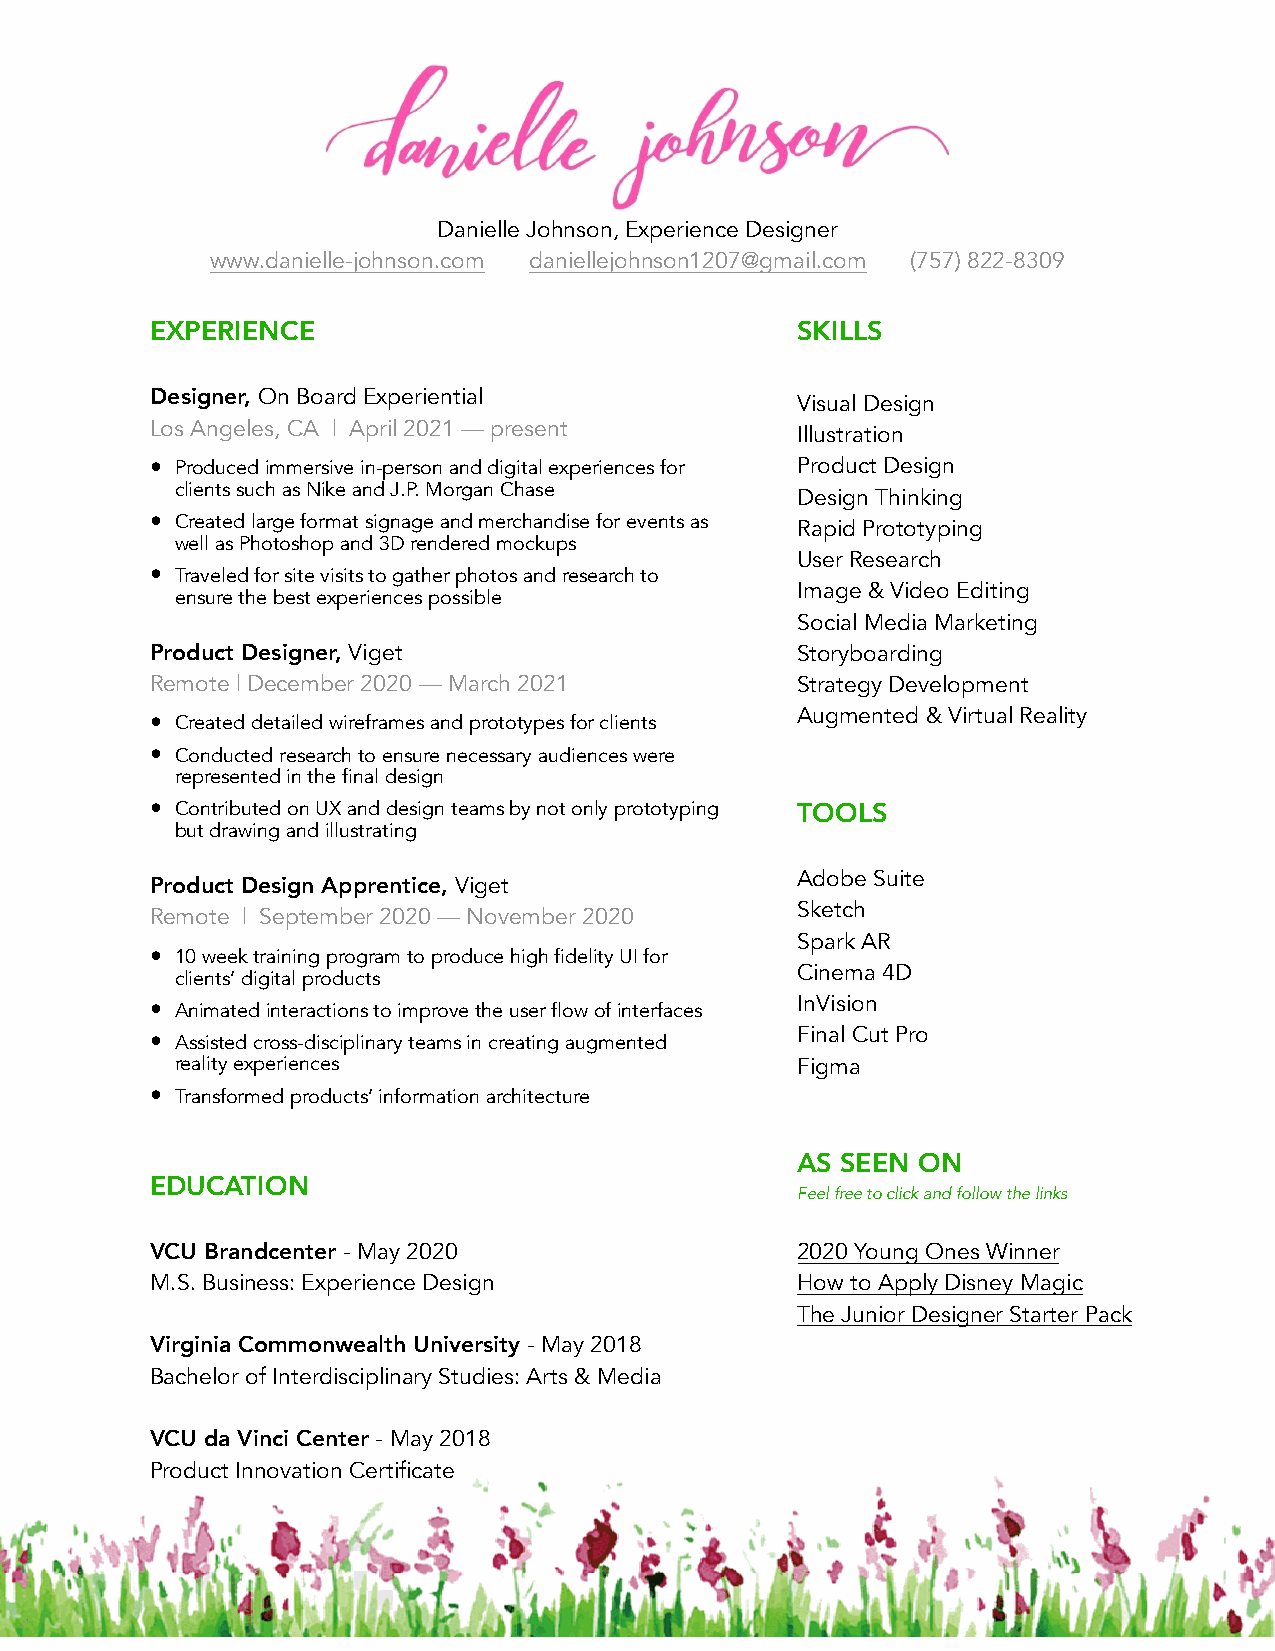
Danielle Johnson, Experience Designer
 www.danielle-johnson.com daniellejohnson1207@gmail.com (757) 822-8309
 EXPERIENCE                                 S K I L L S
 SKILLS
 Designer, On Board Experiential
 Visual Design
 Los Angeles, CA | April 2021 — present
 VisIullauls tDraetsiiognn
 • Produced immersive in-person and digital experiences for IlluPsrtoradtuiocnt Design
 clients such as Nike and J.P. Morgan Chase
 UseDre Rsiegsne aTrhcihn king
 • Created large format signage and merchandise for events as ImaRgape i&d PVriodteoot yEpdinitgin g
 well as Photoshop and 3D rendered mockups
 SoUcisael rM Reedsieaa Mrcha rketing
 • Traveled for site visits to gather photos and research to
 ensure the best experiences possible
 StoImryabgoea r&d iVngid eo Editing
 StrSaotecgiayl DMeevdeialo Mpmareknett ing
 Product Designer, Viget                  ProSdtourcytb Doeasrdiginng
 Remote | December 2020 — March 2021      DeSstigrant eTghyin Dkienvge lopment
 • Created detailed wireframes and prototypes for clients RapAiudg Pmroetnotteydp i&n gV irtual Reality
 • Conducted research to ensure necessary audiences were Augmented & Virtual Reality
 represented in the final design
 • Contributed on UX and design teams by not only prototyping TOOLS
 but drawing and illustrating
 TOOLS
 Adobe Suite
 Product Design Apprentice, Viget
 Remote | September 2020 — November 2020  AdSokbeetc Shu ite
 SkeStpcahr k AR
 • 10 week training program to produce high fidelity UI for
 clients’ digital products
 SpCarikn eAmRa 4D
 • Animated interactions to improve the user flow of interfaces CinIneVmisai o4nD
 • Assisted cross-disciplinary teams in creating augmented
 InVFiisnioanl Cut Pro
 reality experiences                    FinFailg Cmuat Pro
 • Transformed products’ information architecture
 Figma
 AS SEEN ON
 EDUCATION
 ACFeCelO freMe toP cLlicIkS aHndM folElowN thTeS lin ks
 VCU Brandcenter - May 2020                 2020 Young Ones Winner
 Diversity Trainer: VCU Qatar
 M.S. Business: Experience Design           How to Apply Disney Magic
 2019 MAIP Scholar
 The Junior Designer Starter Pack
 2020 Young Ones Winner
 Virginia Commonwealth University - May 2018
 Bachelor of Interdisciplinary Studies: Arts & Media
 VCU da Vinci Center - May 2018
 Product Innovation Certificate